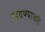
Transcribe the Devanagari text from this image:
उडवण्याकडे